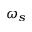
\omega _ { s }